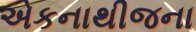
એકનાથીજના